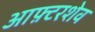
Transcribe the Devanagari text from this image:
आफ़्टरशेव